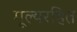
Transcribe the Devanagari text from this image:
मूल्यरहित